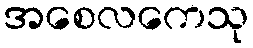
အစေလကေသု